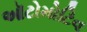
ઑટોમોટિવ